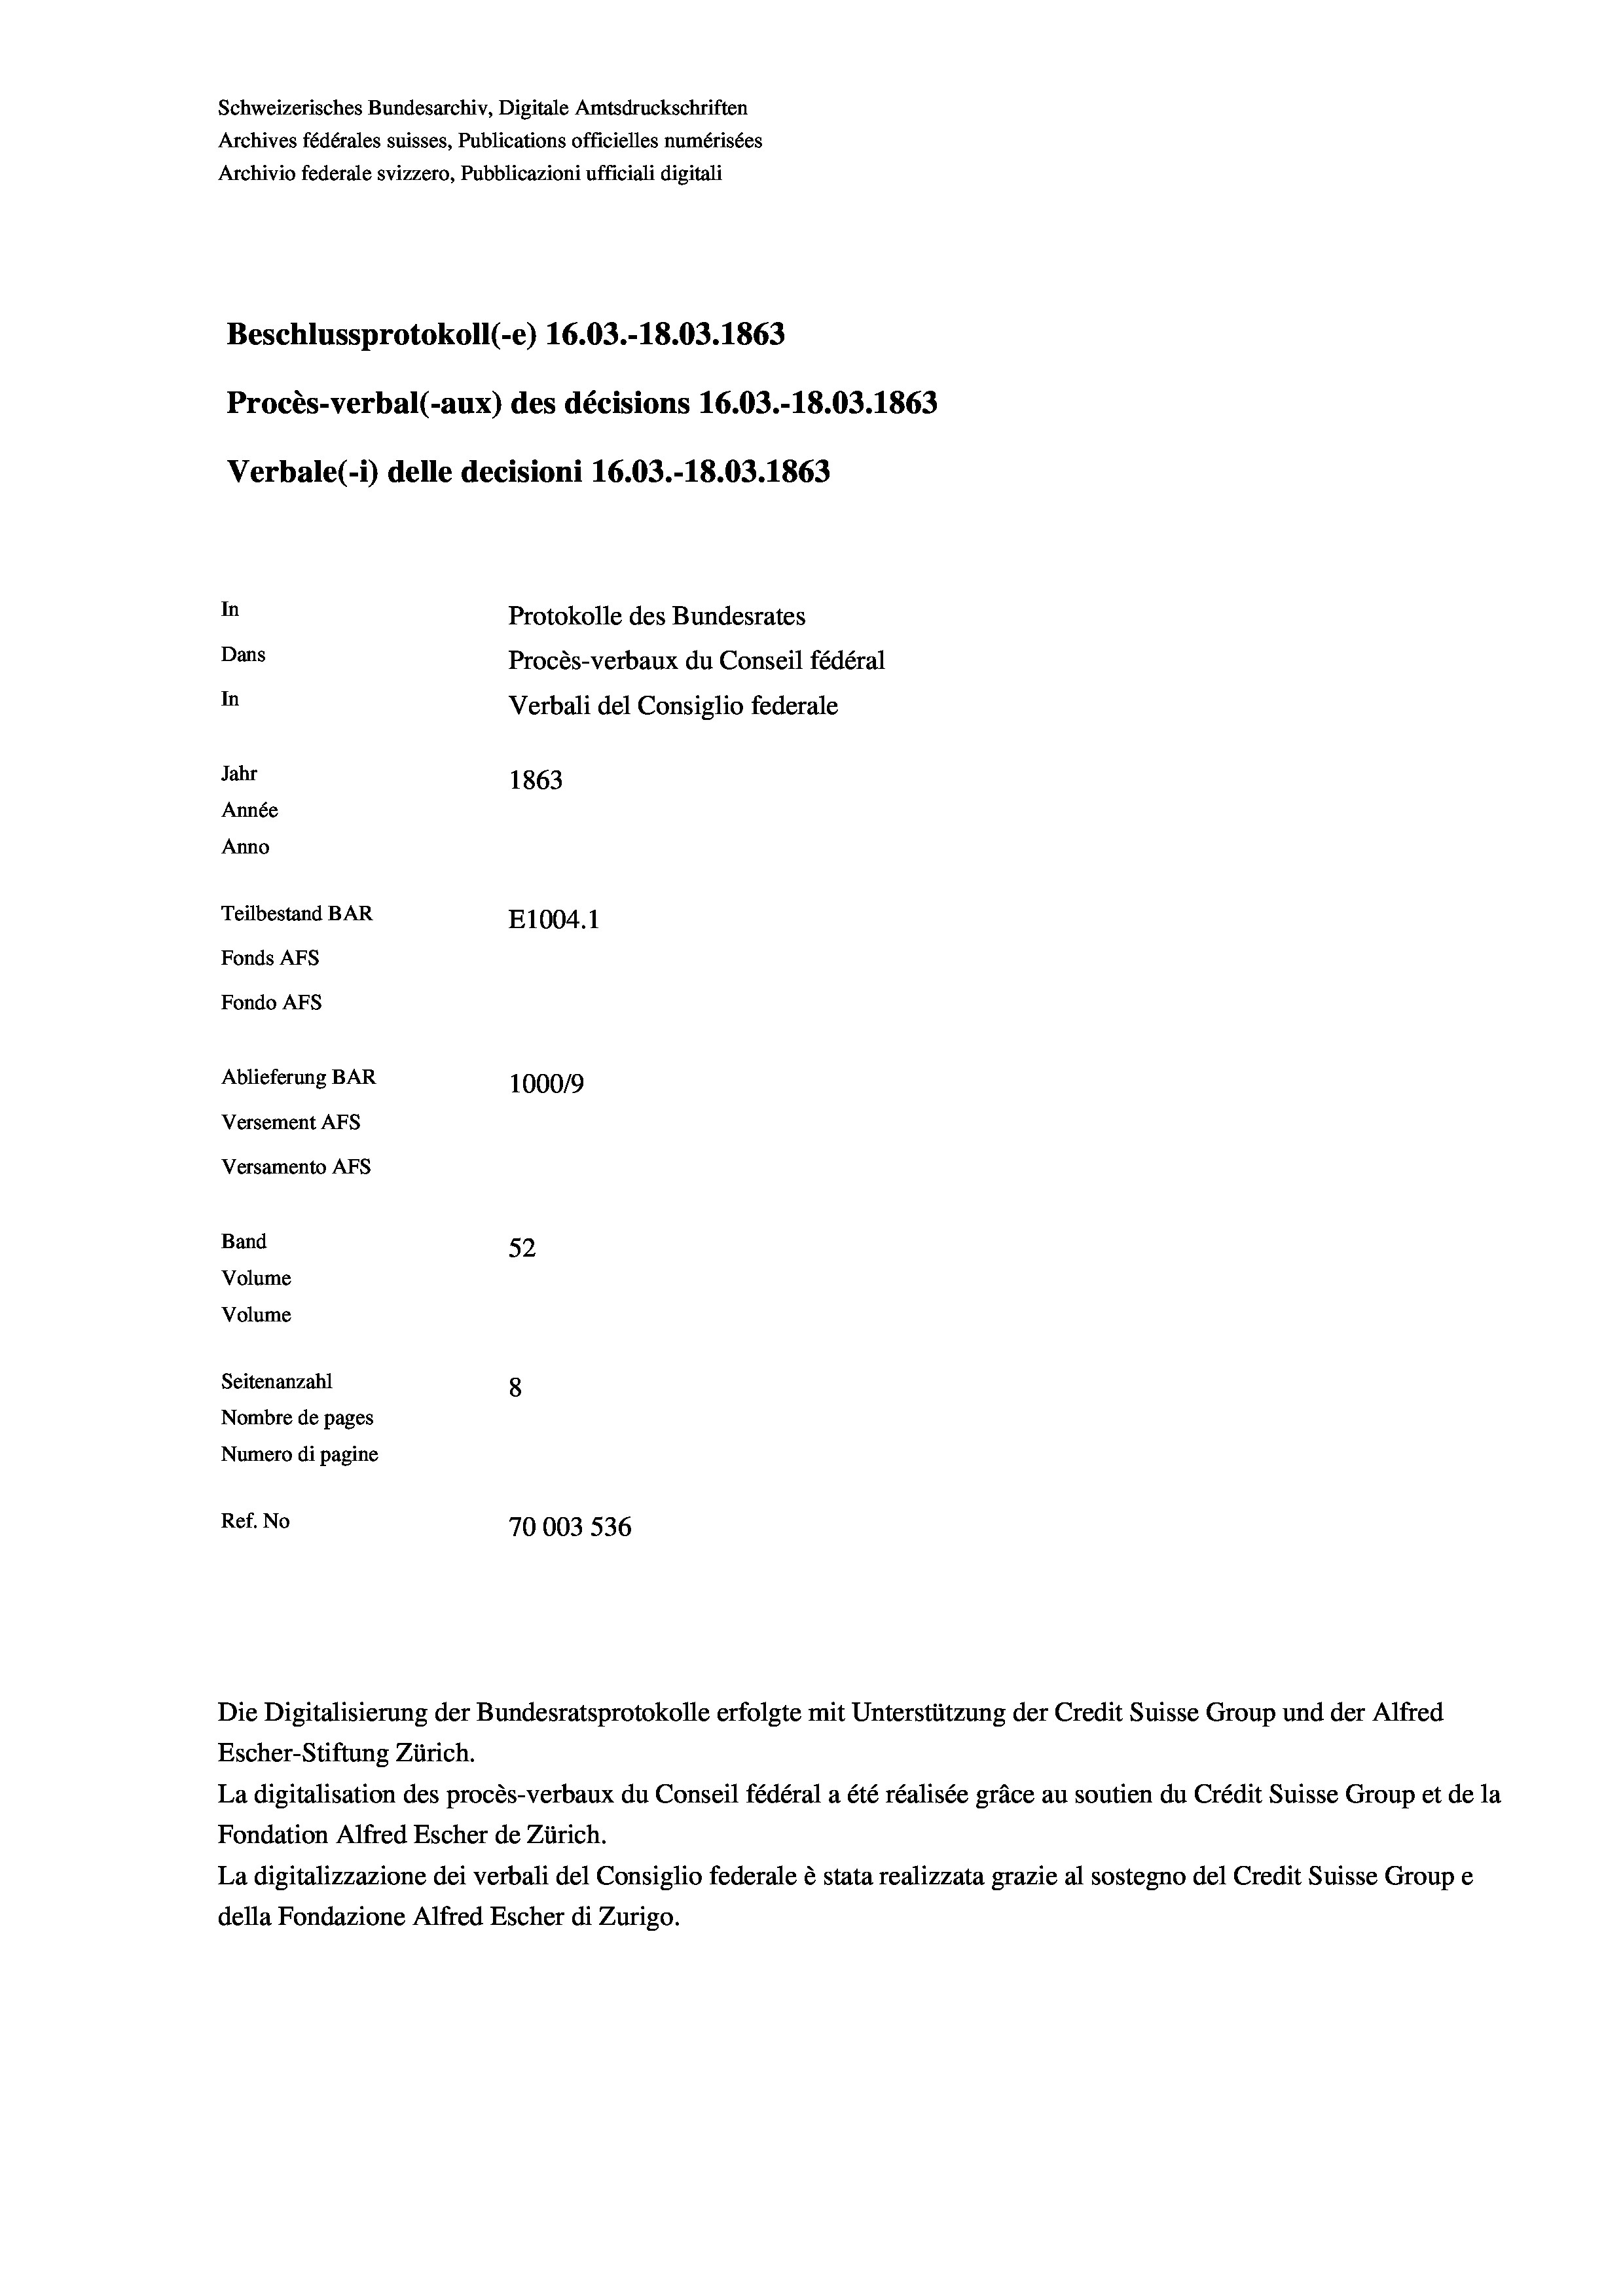
Schweizerisches Bundesarchiv, Digitale Amtsdruckschriften
Archives fédérales suisses, Publications officielles numérisées
Archivio federale svizzero, Pubblicazioni ufficiali digitali
Beschlussprotokoll (-e) 16.03.-18.03. 1863
Procès-verbal (-aux) des décisions 16.03.-18.03. 1863
Verbale (- 1) delle decisioni 16.03.-18.03. 1863
In
Protokolle des Bundesrates
Dans
Procès-verbaux du Conseil fédéral
In
Verbali del Consiglio federale
Jahr
1863
Année
Anno
Teilbestand BAR
E1004.1
Fonds AFs
Fondo AFs
Ablieferung BAR
100019
Versement As
Versamento Afs
Band
52
Volume
Volume
Seitenanzahl
8
Nombre de pages
Numero di pagine
Ref. No
70003 536

Escher-Stiftung Zürich.
La digitalisation des procès-verbaux du Conseil fédéral a été réalisée gräce au soutien du Crédit Suisse Group et de la
Fondation Alfred Escher de Zürich.
La digitalizzazione dei verbali del Consiglio federale è stata realizzata grazie al sostegno del Credit Suisse Groupe
della Fondazione Alfred Escher di Zurigo.

Die Digitalisierung der Bundesratsprotokolle erfolgte mit Unterstützung der Credit Suisse Group und der Alfred